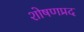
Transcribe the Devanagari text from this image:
शोषणप्रद